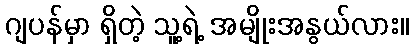
ဂျပန်မှာ ရှိတဲ့ သူ့ရဲ့ အမျိုးအနွယ်လား။